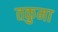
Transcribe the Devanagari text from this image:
तकुमा